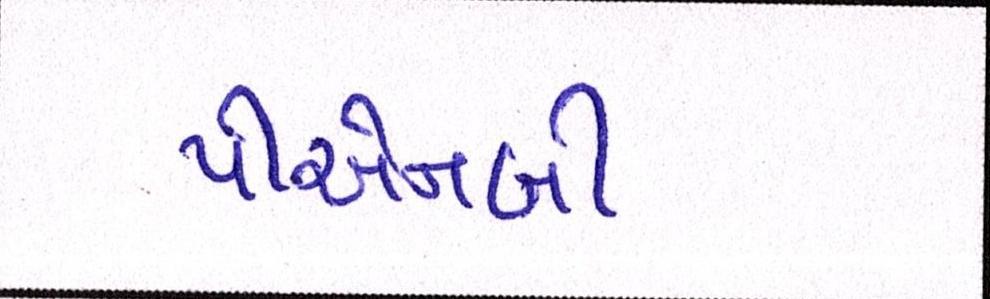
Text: પીએનબી